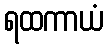
ရထကာယံ